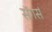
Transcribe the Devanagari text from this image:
सॅगर्स